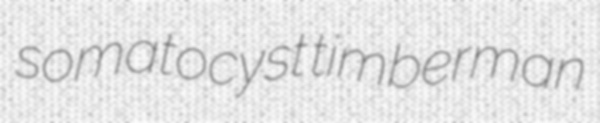
somatocyst timberman